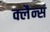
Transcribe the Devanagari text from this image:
क्लैन्स